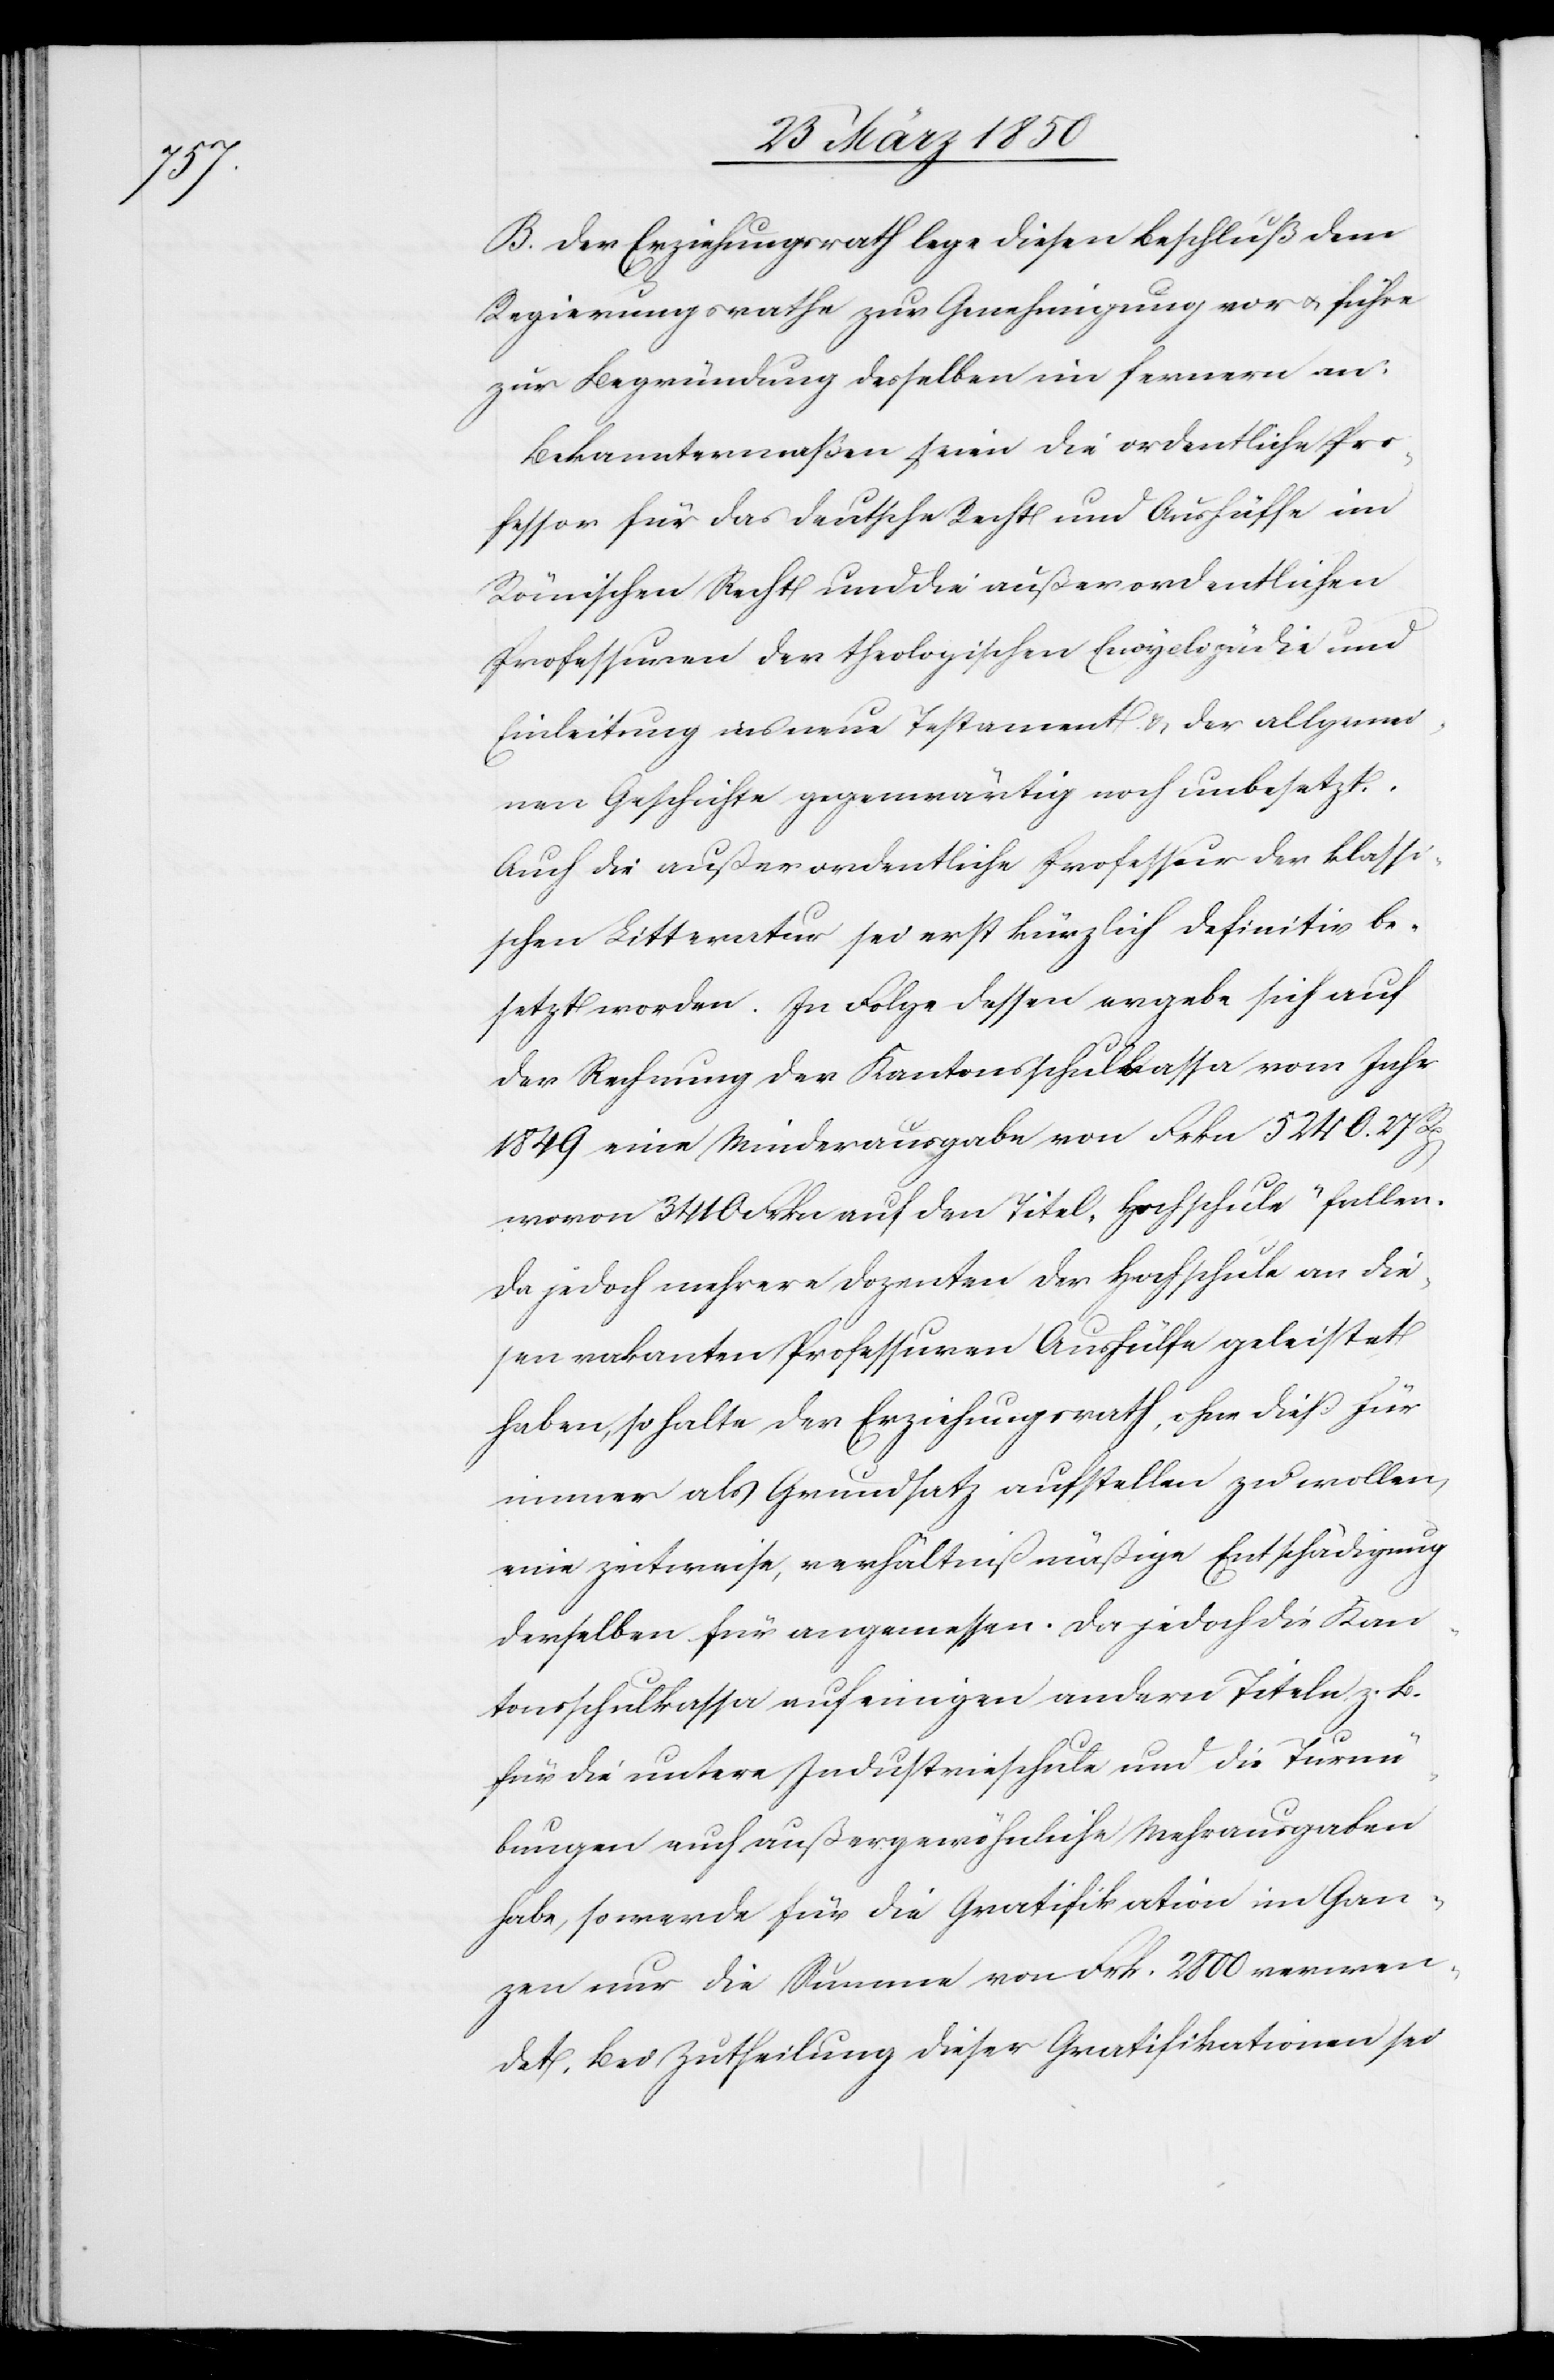
Pro¬

B. Der Erziehungsrath lege diesen Beschluß dem
Regierungsrathe zur Genehmigung vor u. führe
zur Begründung desselben im fernern an:
Bekanntermaßen seien die ordentliche Pro¬
fessur] für das Deutsche Recht und Aushüffe
Römischen Recht und die außerordentlichen
Professuren der theologischen Encyclopädie und
Einleitung ins neue Testament & der allgemei¬
nen Geschichte gegenwärtig noch unbesetzt.
Auch die außerordentliche Professur der klassi¬
schen Litteratur sei erst kürzlich definitiv be¬
setz worden. In Folge dessen ergebe sich auf
der Rechnung der Kantonsschulkassa vom Jahr
1849 eine Minderausgabe von Frkn 5240. 27
wovon 3410 Frkn auf den Titel „Hochschule“ fallen.
Da jedoch mehrere Dozenten der Hochschule an die¬
sen vakanten Professuren Aushülfe geleistet
haben, so halte der Erziehungsrath, ohne dieß für
immer als Grundsatz aufstellen zu wollen,
eine zeitweise, verhältnißmäßige Entschädigung
derselben für angemessen. Da jedoch die Kan¬
tonsschulkassa auf einigen andern Titeln, z. B.
für die untere Industrieschule und die Turnü¬
bungen auch außergewöhnliche Mehrausgaben
habe, so werde für die Gratifikation im Gan¬
zen nur die Summe von Frk. 2800 verwen¬
det. Bei Zutheilung dieser Gratifikationen sei